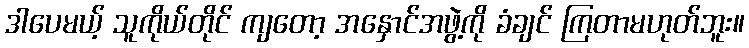
ဒါပေမယ့် သူကိုယ်တိုင် ကျတော့ အနှောင်အဖွဲ့ကို ခံချင် ကြတာမဟုတ်ဘူး။